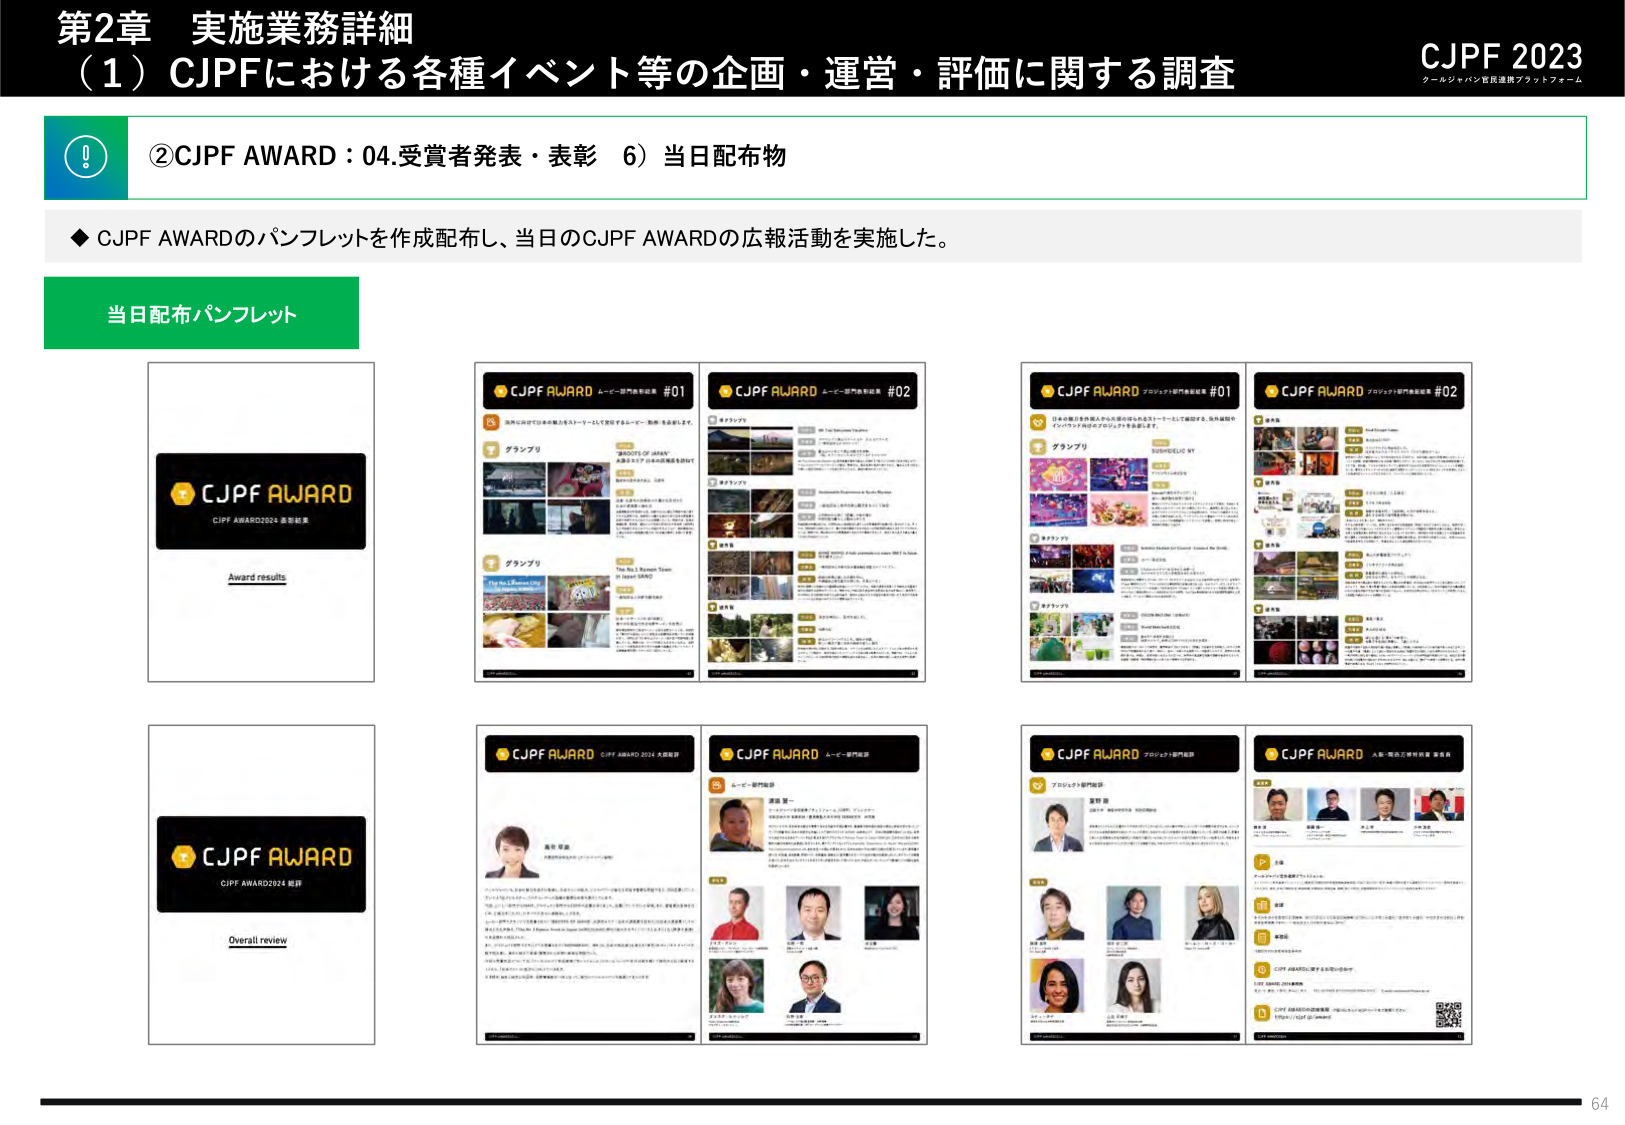
第2章 実施業務詳細
（1）CJPFにおける各種イベント等の企画・運営・評価に関する調査
CJPF 2023
クールジャパン官民連携プラットフォーム

②CJPF AWARD：04.受賞者発表・表彰 6）当日配布物

◆ CJPF AWARDのパンフレットを作成配布し、当日のCJPF AWARDの広報活動を実施した。

当日配布パンフレット

CJPF AWARD
CJPF AWARD2024 受賞結果
Award results

CJPF AWARD
ムービー部門表彰結果 #01
CJPF AWARD
ムービー部門表彰結果 #02

CJPF AWARD
プロジェクト部門表彰結果 #01
CJPF AWARD
プロジェクト部門表彰結果 #02

CJPF AWARD
CJPF AWARD2024 総評
Overall review

CJPF AWARD
CJPF AWARD 2024 大賞受賞
ムービー部門受賞

CJPF AWARD
プロジェクト部門受賞
人気・関心広告特別賞 受賞者

64